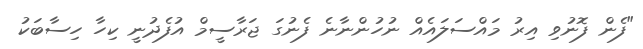
"ފެން ފޮނުވި އިރު މައްސަލައެއް ނުހުންނާނެ ފެނުގަ ޖަރާސީމް އުފެދުނީ ކިހާ ހިސާބަކު